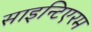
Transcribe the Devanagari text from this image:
साइन्टिएरम